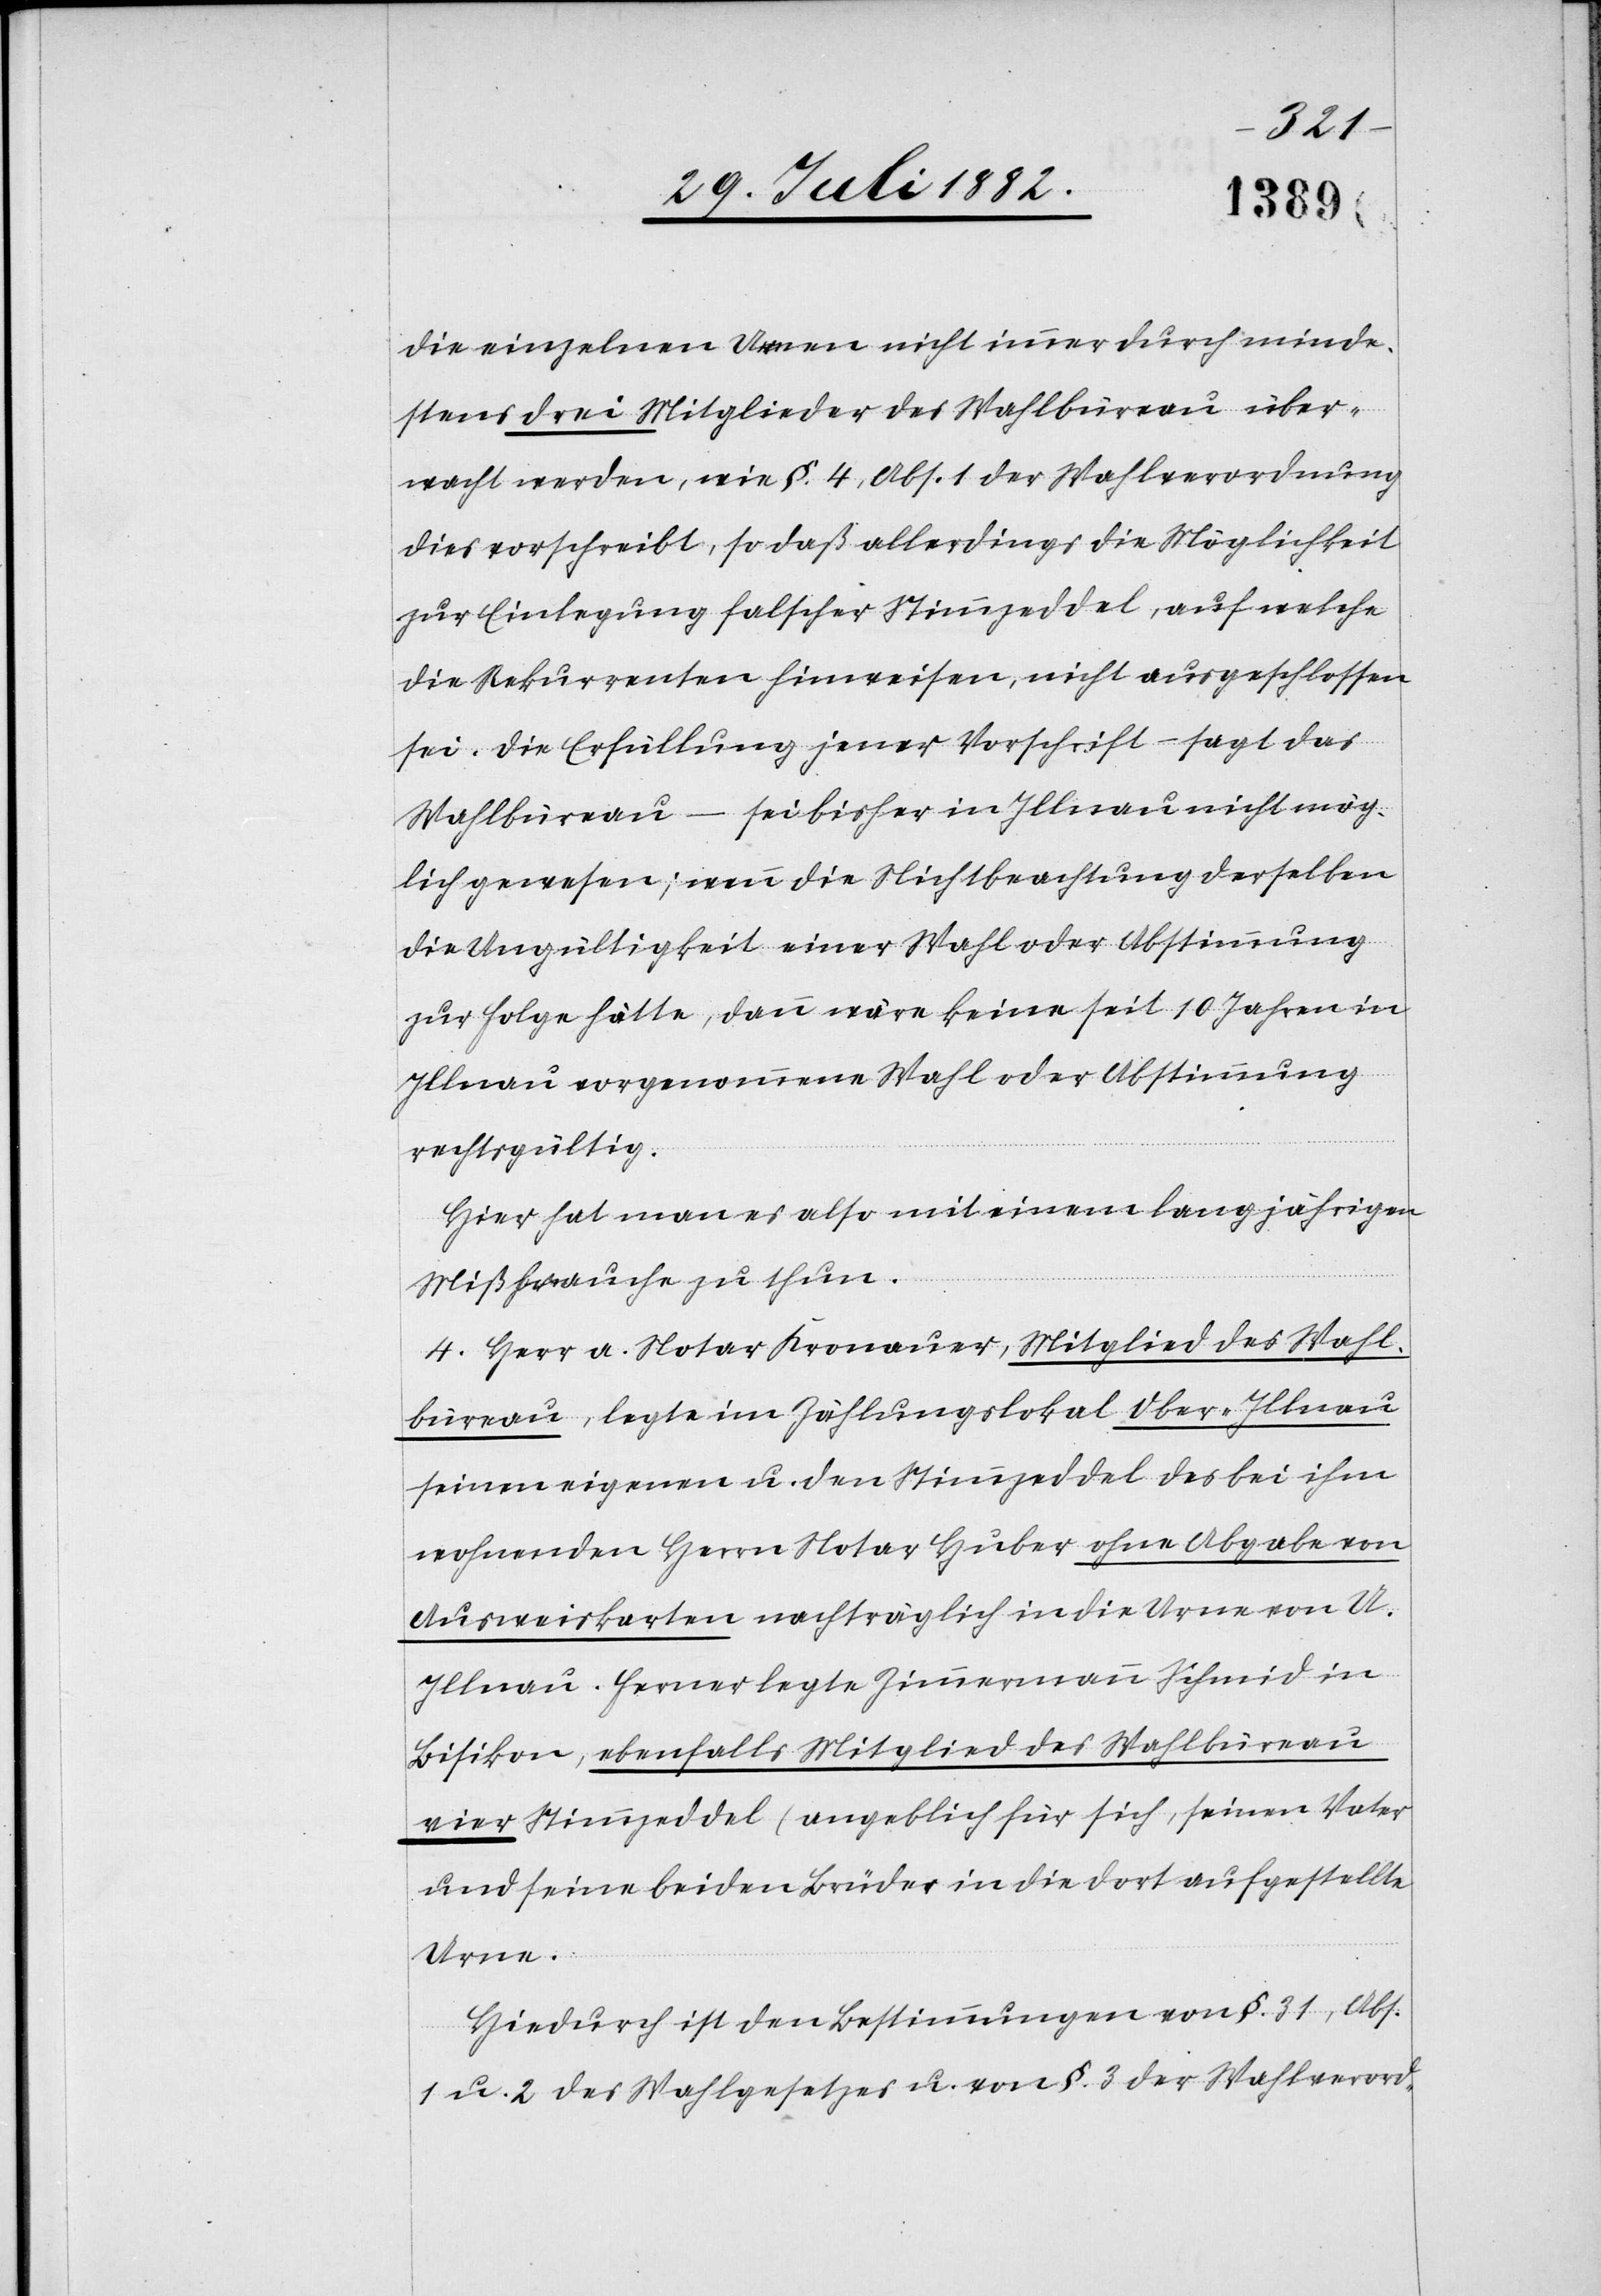
die einzelnen Urnen nicht immer durch minde¬
stens drei Mitglieder des Wahlbüreau über¬
wacht werden, wie §. 4, Abs. 1 der Wahlverordnung
dies vorschreibt, so daß allerdings die Möglichkeit
zur Einlegung falscher Stimmzeddel, auf welche
die Rekurrenten hinweisen, nicht ausgeschlossen
sei. Die Erfüllung jener Vorschrift – sagt das
Wahlbüreau – sei bisher in Illnau nicht mög¬
lich gewesen; wenn die Nichtbeachtung derselben
die Ungültigkeit einer Wahl oder Abstimmung
zur Folge hätte, dann wäre keine seit 10 Jahren in
Illnau vorgenommene Wahl oder Abstimmung
rechtsgültig.
Hier hat man es also mit einem langjährigen
Mißbrauche zu thun.
4. Herr a. Notar Kronauer, Mitglied des Wahl¬
büreau, legte im Zählungslokal Ober-Illnau
seinen eigenen u. den Stimmzeddel des bei ihm
wohnenden Herrn Notar Huber ohne Abgabe von
Ausweiskarten nachträglich in die Urne von O.
Illnau. Ferner legte Zimmermann Schmid in
Bisikon, ebenfalls Mitglied des Wahlbüreau
vier Stimmzeddel (angeblich für sich, seinen Vater
und seine beiden Brüder) in die dort aufgestellte
Urne.
Hiedurch ist den Bestimmungen von §. 31, Abs.
1 u. 2 des Wahlgesetzes u. von §. 3 der Wahlverord-